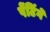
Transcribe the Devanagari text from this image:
पेंटिंगें